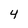
Character: 4